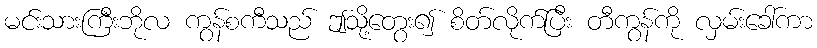
မင်းသားကြီးဘိုလ ကွန်စကီသည် ဤသို့တွေး၍ စိတ်လိုက်ပြီး တီကွန်ကို လှမ်းခေါ်ကာ